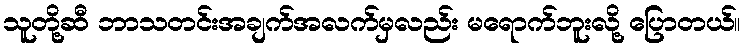
သူတို့ဆီ ဘာသတင်းအချက်အလက်မှလည်း မရောက်ဘူးလို့ ပြောတယ်။